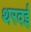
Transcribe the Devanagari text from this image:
थरवई